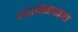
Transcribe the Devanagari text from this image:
वरदविनायकाचे